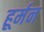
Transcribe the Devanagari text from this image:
हूर्मन